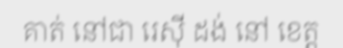
គាត់ នៅជា រេស៊ី ដង់ នៅ ខេត្ត